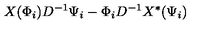
X ( \Phi _ { i } ) D ^ { - 1 } \Psi _ { i } - \Phi _ { i } D ^ { - 1 } X ^ { \ast } ( \Psi _ { i } )